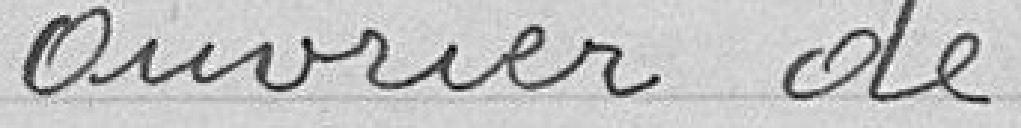
ouvrier de